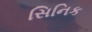
સિનિક